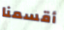
أقسمنا